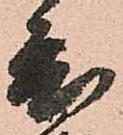
度